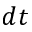
d t